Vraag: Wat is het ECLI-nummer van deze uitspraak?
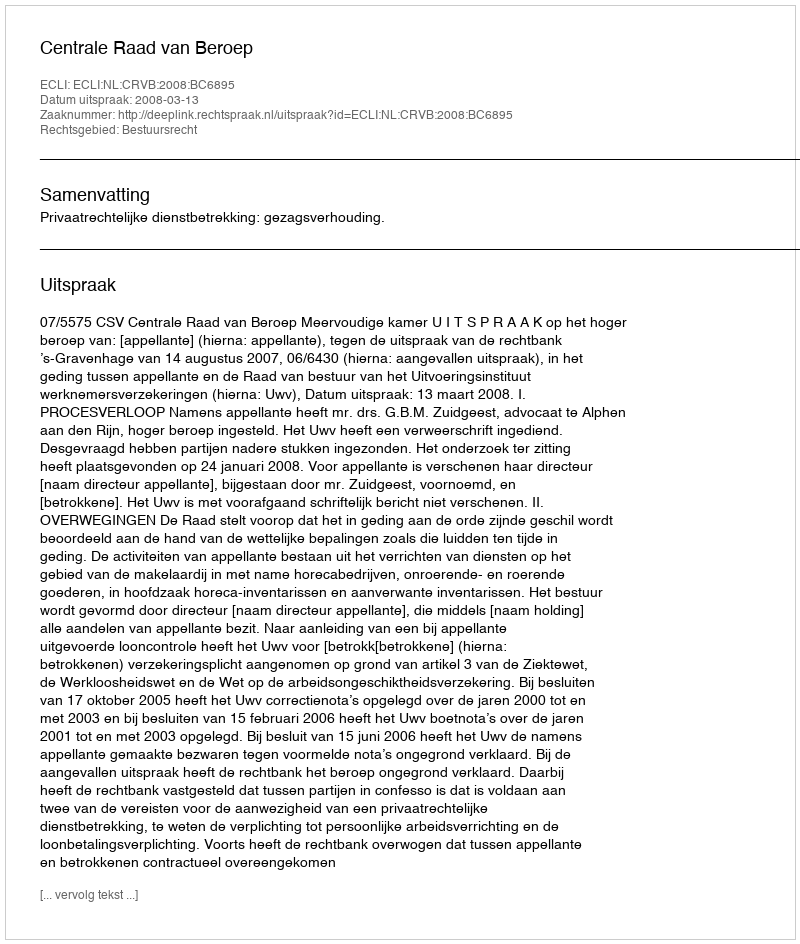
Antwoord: ECLI:NL:CRVB:2008:BC6895